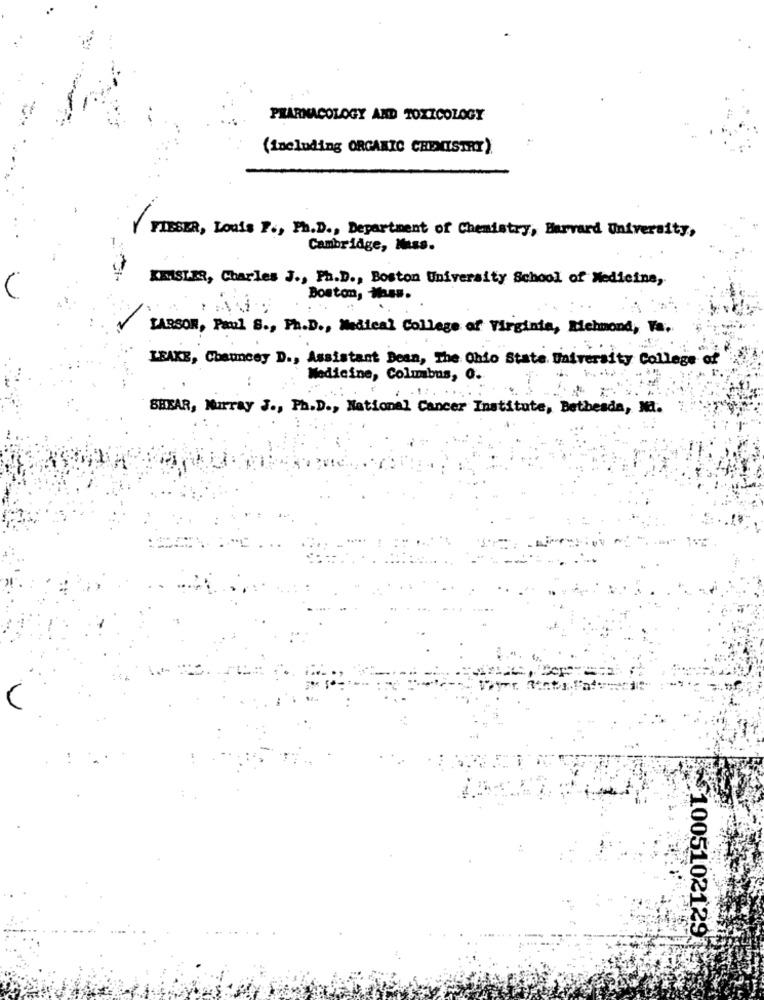
PHARMACOLOGY AND TOXICOLOGY
(including ORGANIC CHEMISTRY)
FIESER, Louis P ., Ph.D ., Department of Chemistry, Harvard University,
Cambridge, Mass.
KEMSIER, Charles J ., Ph.D ., Boston University School of Medicine,
Boston, Ma.s.
LARSON, Paul S ., Ph.D ., Medical College of Virginia, Miehmond, Ya.
LEAKE, Chauncey D ., Assistant Bean, The Ohio State University College
Medicine, Columbus, O.
SHEAR, Murray J ., Ph.D ., National Cancer Institute, Bethesda, Na.
1005102129